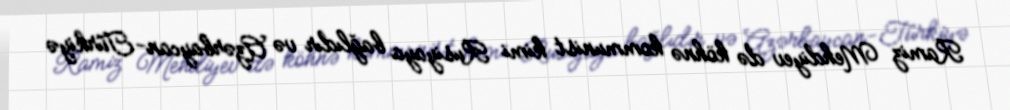
Ramiz Mehdiyev də köhnə kommunist kimi Rusiyaya bağlıdır və Azərbaycan-Türkiyə